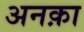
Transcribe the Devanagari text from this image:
अनक़ा